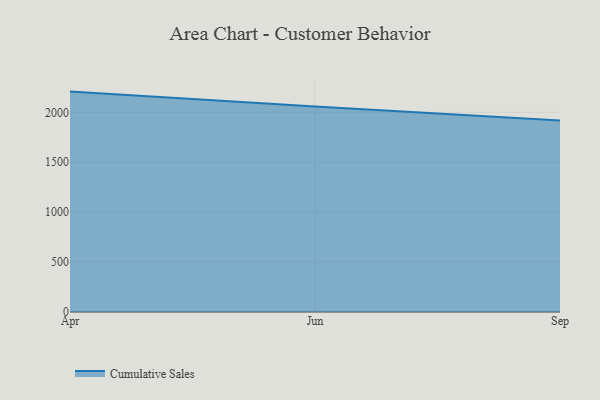
{"axis": {"x": "Month", "y": "Net Income (USD K)"}, "legend": ["Cumulative Sales"], "data": [{"x": "Apr", "y": 2207.3, "type": "Cumulative Sales"}, {"x": "Jun", "y": 2058.6, "type": "Cumulative Sales"}, {"x": "Sep", "y": 1918.1, "type": "Cumulative Sales"}]}